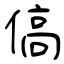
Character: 傐